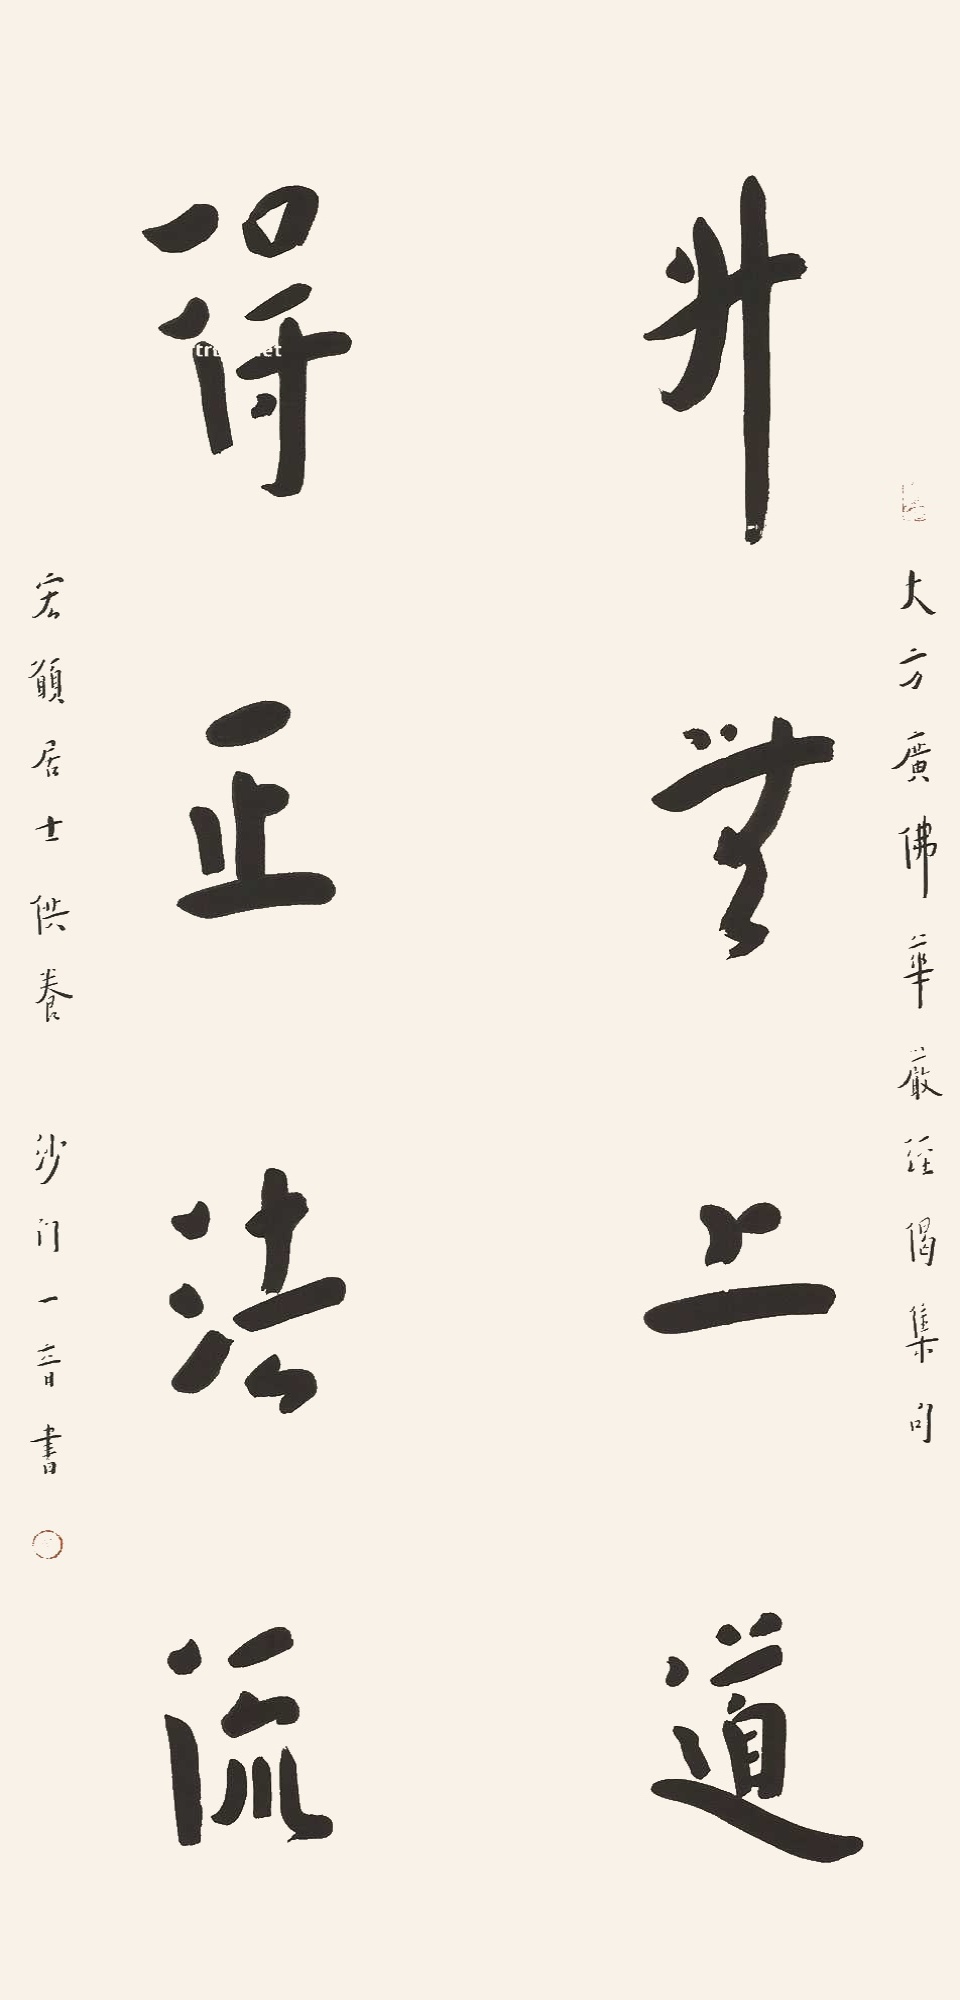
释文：升无上道，得正法流。大方广佛华严经偈集句，宏愿居士供养，沙门一音书。